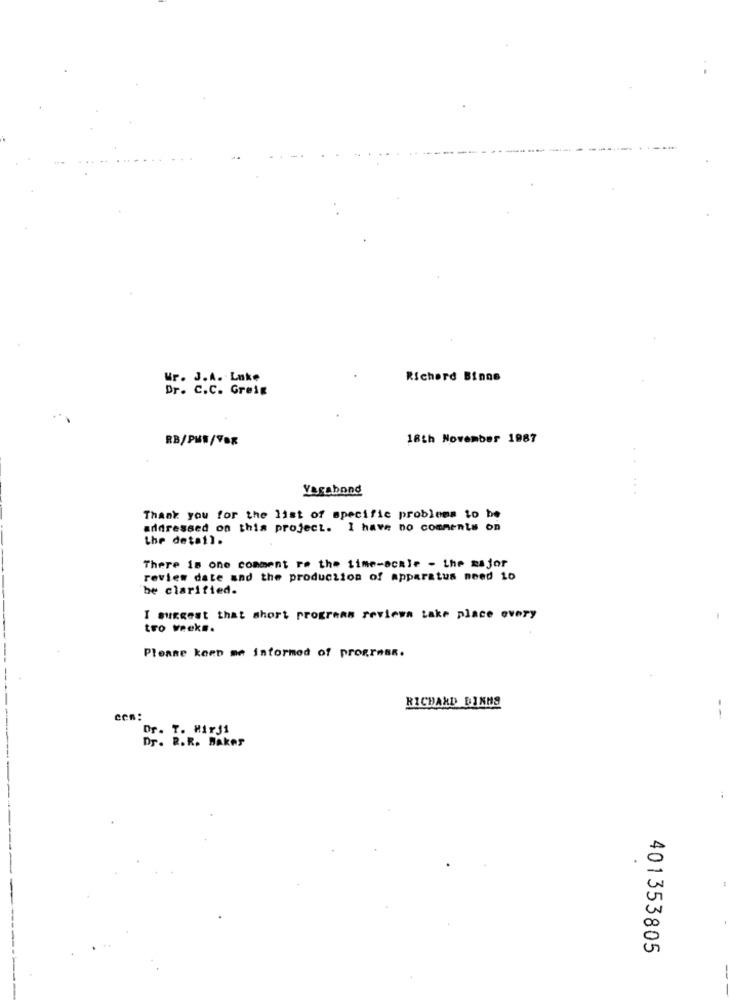
Ur. J.A. Luke
Richard Binne
Dr. C.C. Greig
RB/PME/VOR
18th November 1987
Vagabond
Thank you for the list of specific problems to be
addressed on this project. I have no comments on
the detai).
There is one comment re the time-scale - the major
review date and the production of apparatus need 10
be clarified.
I suggest that short progrens reviews take place every
tro veeks.
Please keep me informed of progress.
RICHARD BINHS
con:
--
Dr. T. Hirj1
Dr. R.R. Baker
401353805